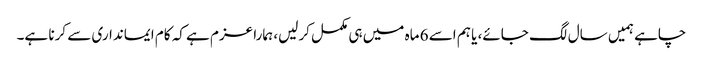
چاہے ہمیں سال لگ جائے، یا ہم اسے 6 ماہ میں ہی مکمل کرلیں، ہمارا عزم ہے کہ کام ایمانداری سے کرنا ہے۔